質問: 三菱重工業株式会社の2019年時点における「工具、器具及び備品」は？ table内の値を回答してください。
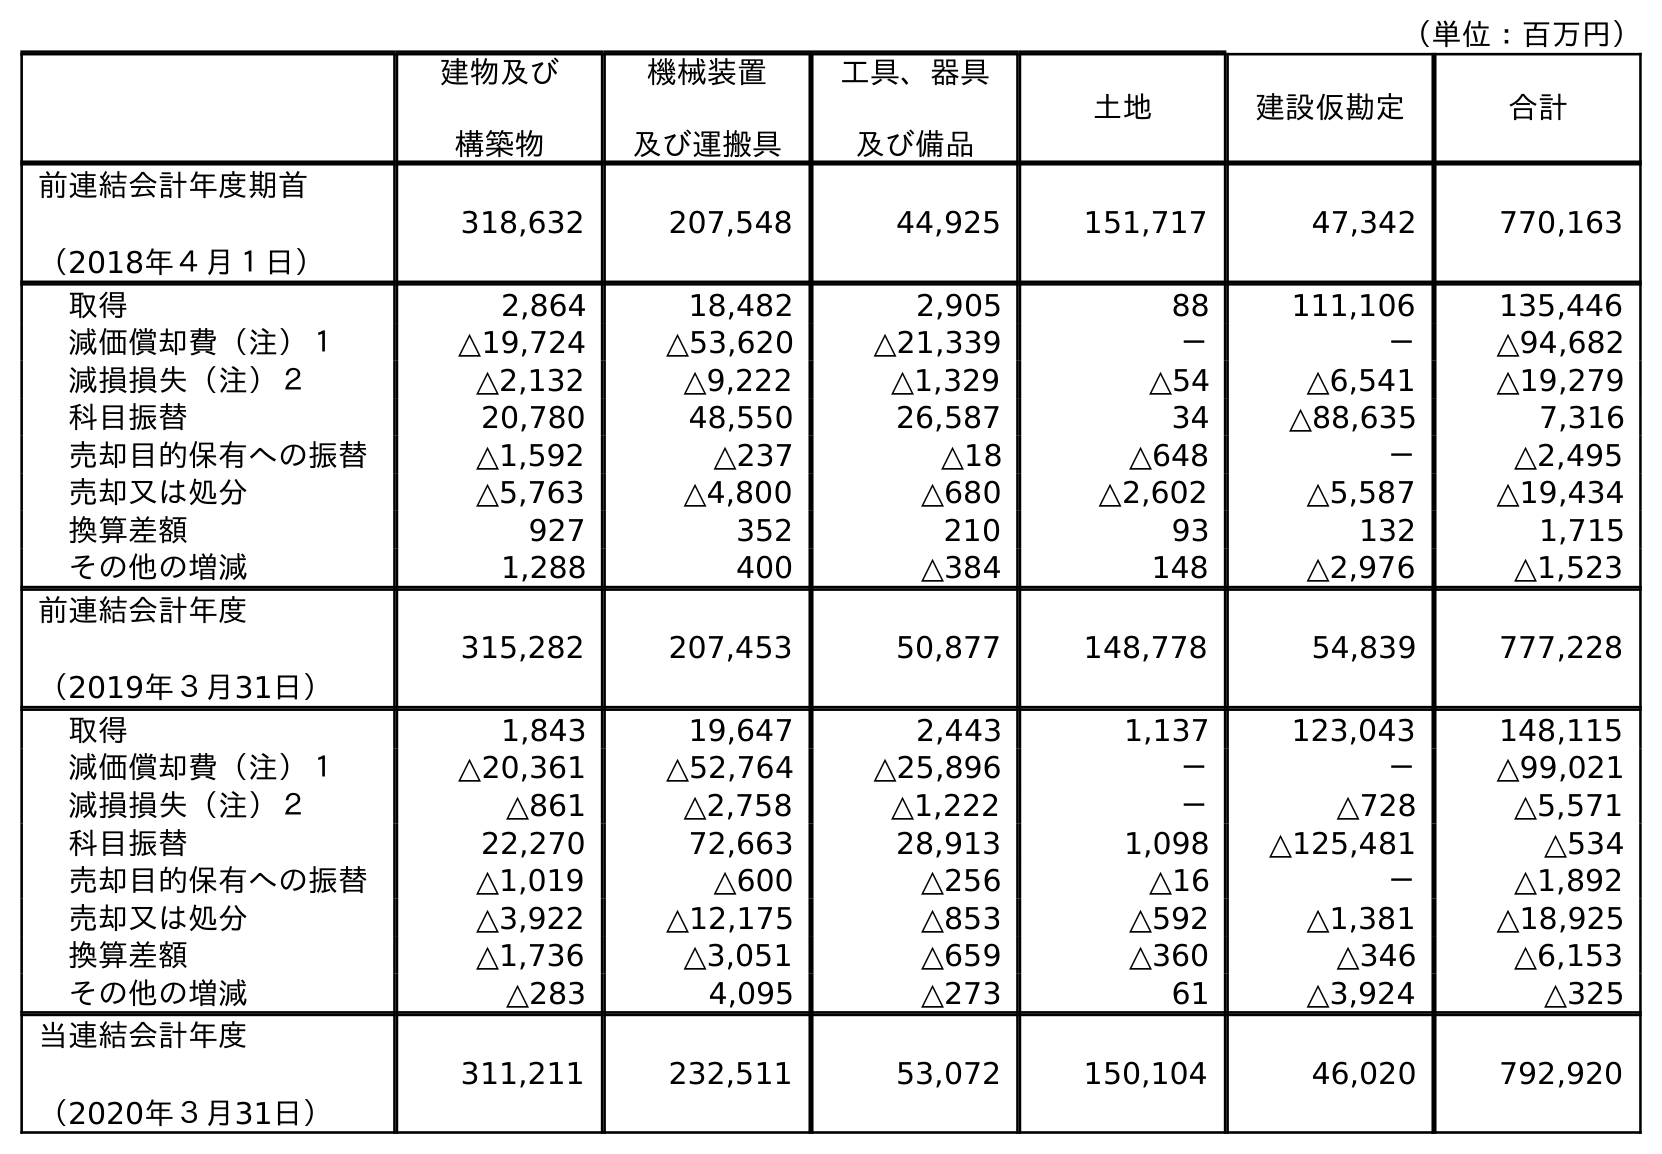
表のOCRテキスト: （単位：百万円） 建物及び 構築物 機械装置 及び運搬具 工具、器具 及び備品 土地 建設仮勘定 合計 前連結会計年度期首 （2018年４月１日） 318,632 207,548 44,925 151,717 47,342 770,163 取得 2,864 18,482 2,905 88 111,106 135,446 減価償却費（注）１ △19,724 △53,620 △21,339 － － △94,682 減損損失（注）２ △2,132 △9,222 △1,329 △54 △6,541 △19,279 科目振替 20,780 48,550 26,587 34 △88,635 7,316 売却目的保有への振替 △1,592 △237 △18 △648 － △2,495 売却又は処分 △5,763 △4,800 △680 △2,602 △5,587 △19,434 換算差額 927 352 210 93 132 1,715 その他の増減 1,288 400 △384 148 △2,976 △1,523 前連結会計年度 （2019年３月31日） 315,282 207,453 50,877 148,778 54,839 777,228 取得 1,843 19,647 2,443 1,137 123,043 148,115 減価償却費（注）１ △20,361 △52,764 △25,896 － － △99,021 減損損失（注）２ △861 △2,758 △1,222 － △728 △5,571 科目振替 22,270 72,663 28,913 1,098 △125,481 △534 売却目的保有への振替 △1,019 △600 △256 △16 － △1,892 売却又は処分 △3,922 △12,175 △853 △592 △1,381 △18,925 換算差額 △1,736 △3,051 △659 △360 △346 △6,153 その他の増減 △283 4,095 △273 61 △3,924 △325 当連結会計年度 （2020年３月31日） 311,211 232,511 53,072 150,104 46,020 792,920
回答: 50,877